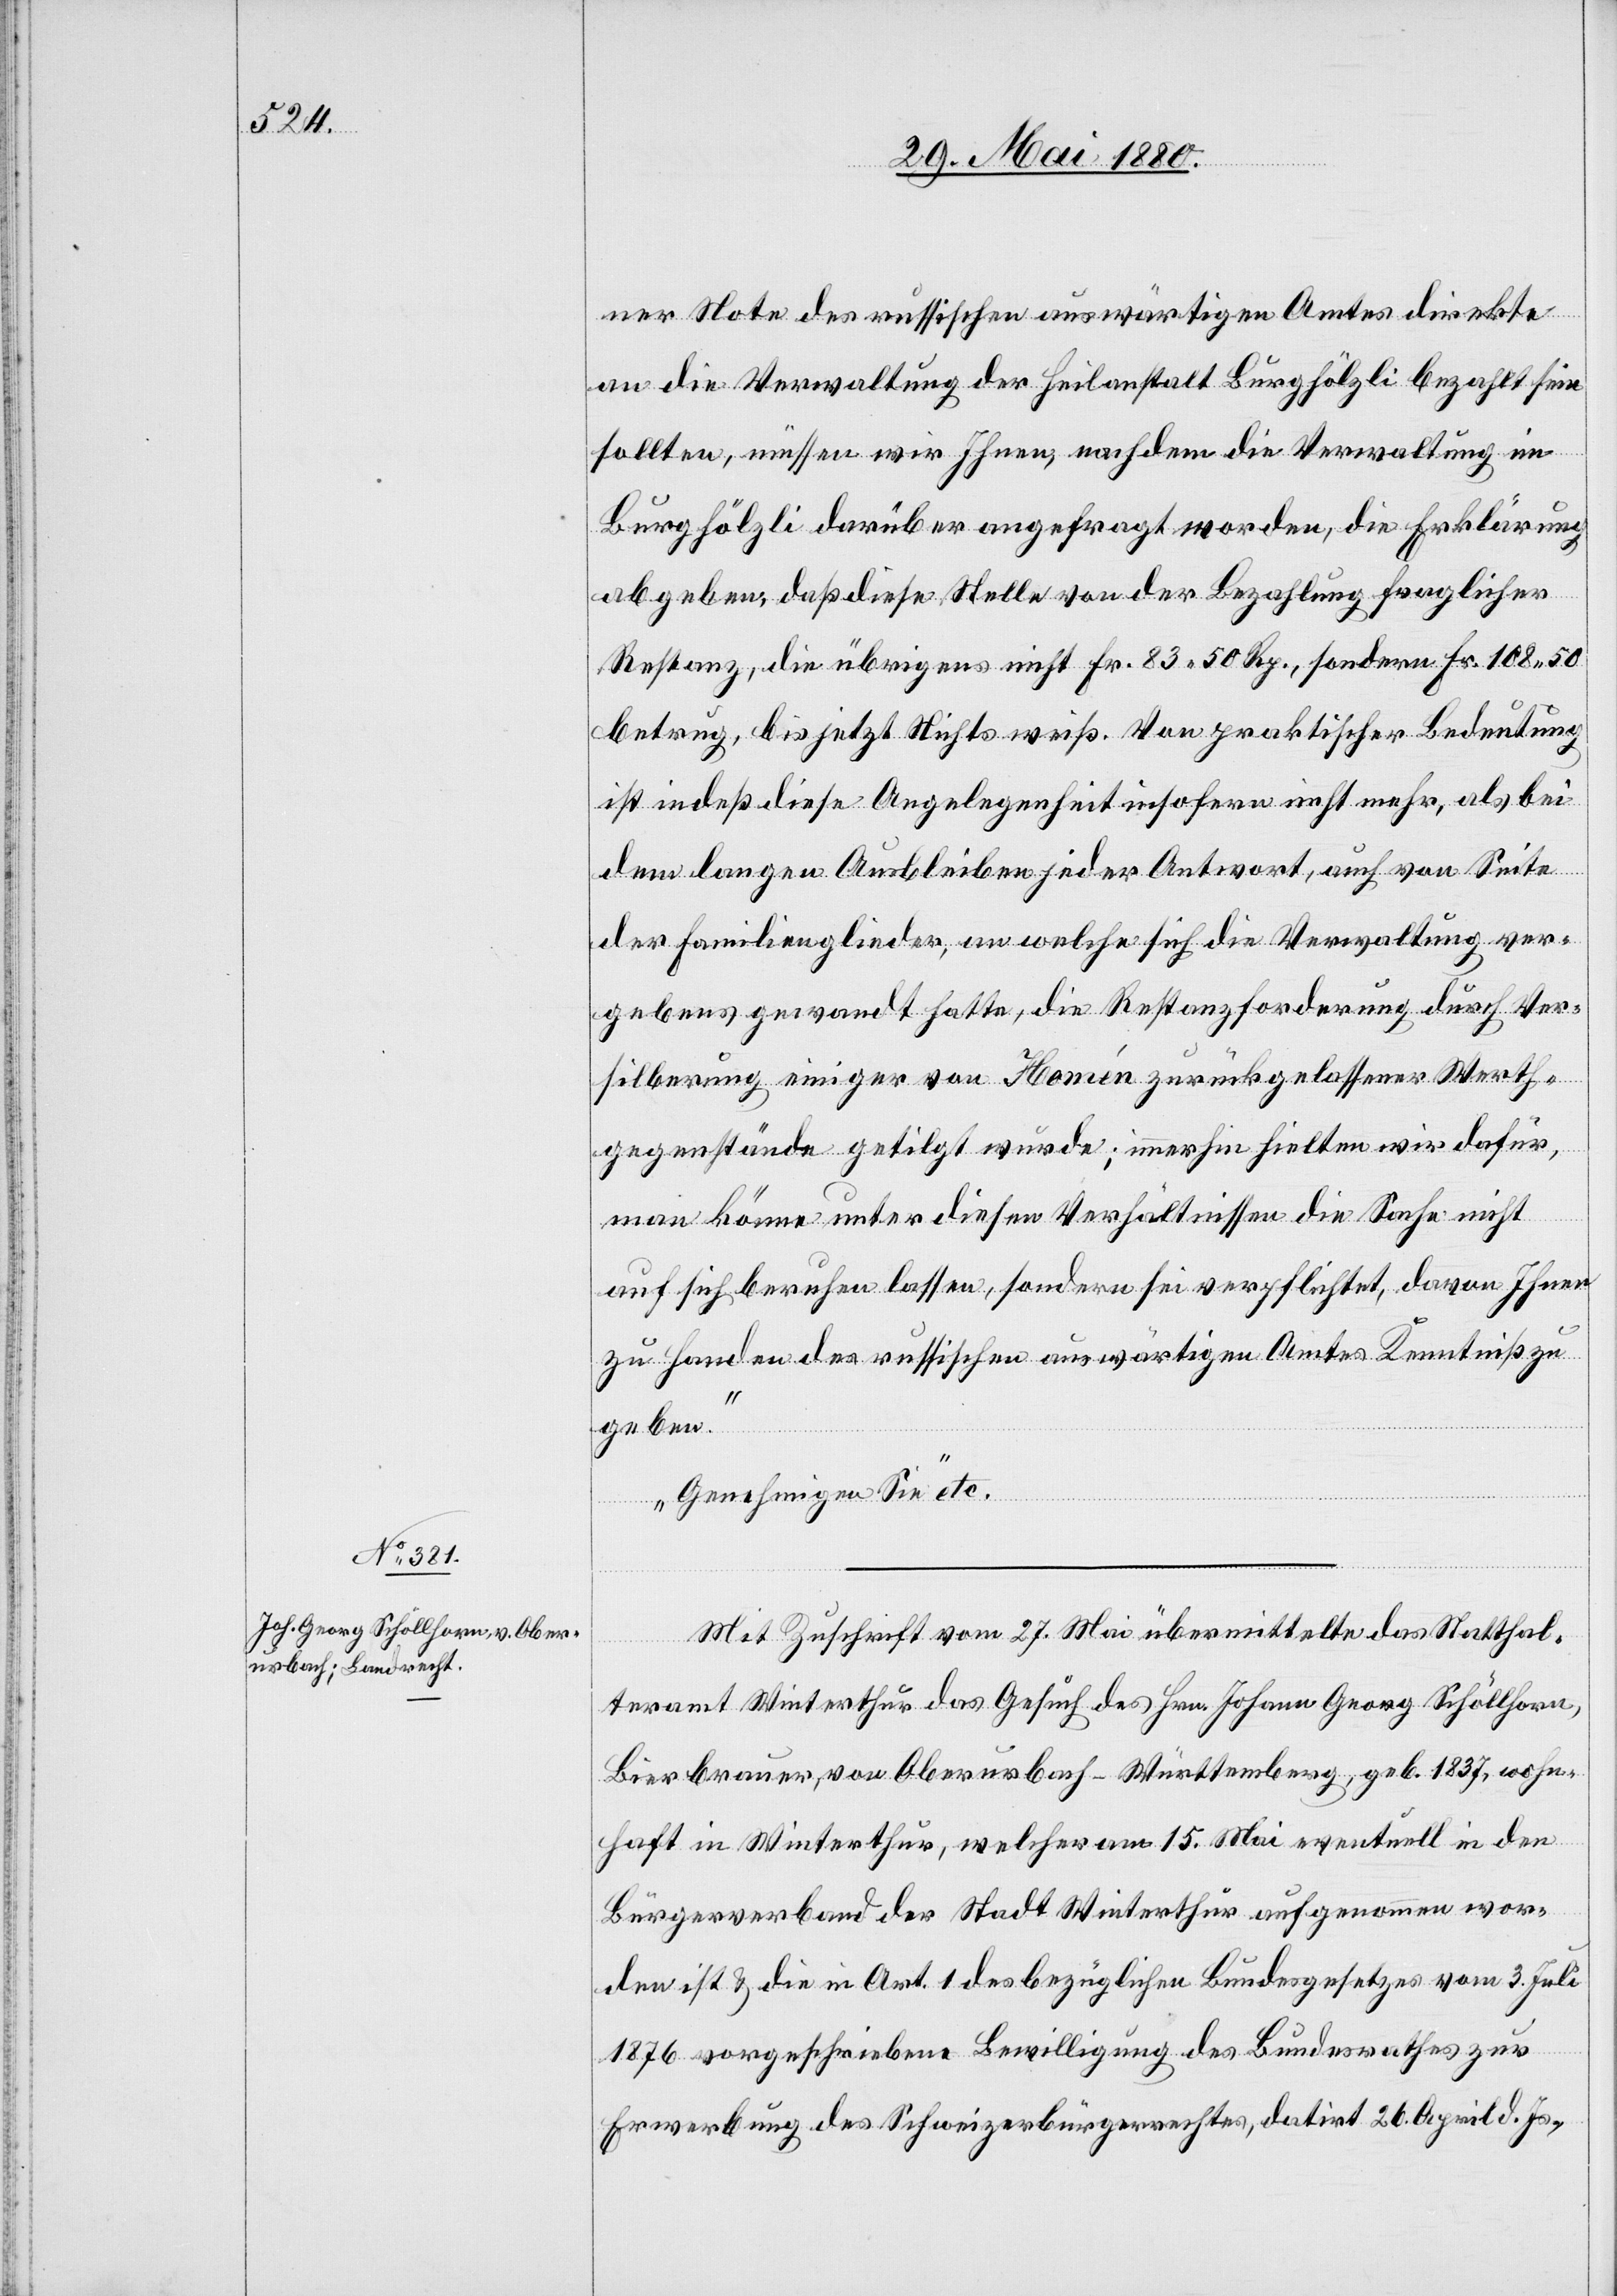
ner Note des russischen auswärtigen Amtes direkte
an die Verwaltung der Heilanstalt Burghölzli bezahlt sein
sollten, müssen wir Ihnen, nachdem die Verwaltung im
Burghölzli darüber angefragt worden, die Erklärung
abgeben, daß diese Stelle von der Bezahlung fraglicher
Restanz, die übrigens nicht Fr. 83. 50 Rp., sondern Fr. 108.50
betrug, bis jetzt Nichts weiß. Von praktischer Bedeutung
ist indeß diese Angelegenheit insofern nicht mehr, als bei
dem langen Ausbleiben jeder Antwort, auch von Seite
der Familienglieder, an welche sich die Verwaltung ver¬
gebens gewandt hatte, die Restanzforderung durch Ver¬
silberung einiger von Homén [sic!] zurückgelassener Werth¬
gegenstände getilgt wurde; immerhin hielten wir dafür,
man könnte unter diesen Verhältnissen die Sache nicht
auf sich beruhen lassen, sondern sei verpflichtet, davon Ihnen
zu Handen des russischen auswärtigen Amtes Kenntniß zu
geben.
Genehmigen Sie“ etc.
Mit Zuschrift vom 27. Mai übermittelte das Statthal¬
teramt Winterthur das Gesuch des Hrn. Johann Georg Schöllhorn,
Bierbrauer, von Oberurbach - Württemberg, geb. 1837, wohn¬
haft in Winterthur, welcher am 15. Mai eventuell in den
Bürgerverband der Stadt Winterthur aufgenommen wor¬
den ist & die in Art. 1 des bezüglichen Bundesgesetzes vom 3. Juli
1876 vorgeschriebene Bewilligung des Bundesrathes zur
Erwerbung des Schweizerbürgerrechtes, datirt 26. April d. Js.